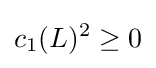
c_{1}(L)^{2}\geq 0